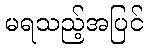
မရသည့်အပြင်